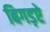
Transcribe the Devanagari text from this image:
बिगड़ऐ